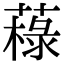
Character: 𦼋